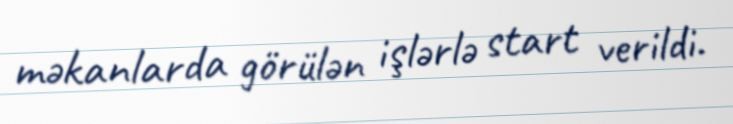
məkanlarda görülən işlərlə start verildi.